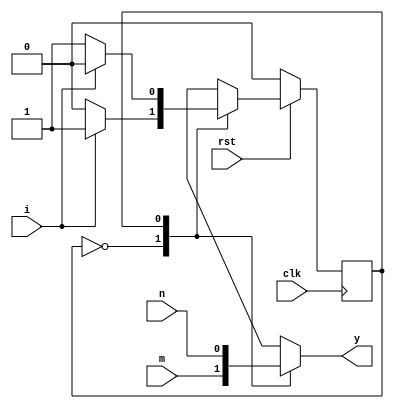
// 
module moor(clk, rst, i, m, n, y);
	input	clk, rst, i, m, n;
	output	y;
  
	reg	y;
	reg	state;
	reg	next_state;

	parameter S0=1'b0, S1=1'b1;

	always @(posedge clk)// 
	if (~rst)	state = S0;
	else	state = next_state;

	always @(i or state)
	case(state)
		S0:
			if(i) next_state = S1; // i 1
			else next_state = S0;
		S1:
			if(i) next_state = S0;
			else next_state = S1;

	endcase
	always @(state or m or n ) //26
	case (state)
		S0: y = m;
		S1: y = n;
	endcase
endmodule